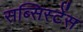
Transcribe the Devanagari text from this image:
सब्सिस्टेंस